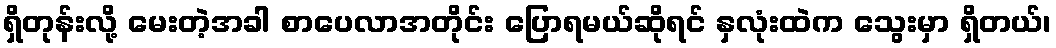
ရှိတုန်းလို့ မေးတဲ့အခါ စာပေလာအတိုင်း ပြောရမယ်ဆိုရင် နှလုံးထဲက သွေးမှာ ရှိတယ်၊